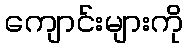
ကျောင်းများကို